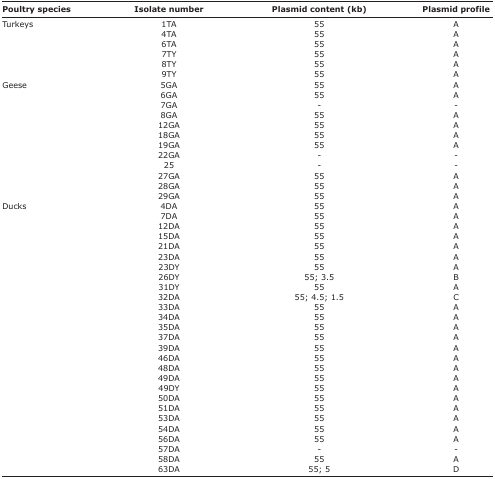
<table><thead><tr><td><b>Poultry species</b></td><td><b>Isolate number</b></td><td><b>Plasmid content (kb)</b></td><td><b>Plasmid profile</b></td></tr></thead><tbody><tr><td>Turkeys</td><td>1TA</td><td>55</td><td>A</td></tr><tr><td></td><td>4TA</td><td>55</td><td>A</td></tr><tr><td></td><td>6TA</td><td>55</td><td>A</td></tr><tr><td></td><td>7TY</td><td>55</td><td>A</td></tr><tr><td></td><td>8TY</td><td>55</td><td>A</td></tr><tr><td></td><td>9TY</td><td>55</td><td>A</td></tr><tr><td>Geese</td><td>5GA</td><td>55</td><td>A</td></tr><tr><td></td><td>6GA</td><td>55</td><td>A</td></tr><tr><td></td><td>7GA</td><td>-</td><td>-</td></tr><tr><td></td><td>8GA</td><td>55</td><td>A</td></tr><tr><td></td><td>12GA</td><td>55</td><td>A</td></tr><tr><td></td><td>18GA</td><td>55</td><td>A</td></tr><tr><td></td><td>19GA</td><td>55</td><td>A</td></tr><tr><td></td><td>22GA</td><td>-</td><td>-</td></tr><tr><td></td><td>25</td><td>-</td><td>-</td></tr><tr><td></td><td>27GA</td><td>55</td><td>A</td></tr><tr><td></td><td>28GA</td><td>55</td><td>A</td></tr><tr><td></td><td>29GA</td><td>55</td><td>A</td></tr><tr><td>Ducks</td><td>4DA</td><td>55</td><td>A</td></tr><tr><td></td><td>7DA</td><td>55</td><td>A</td></tr><tr><td></td><td>12DA</td><td>55</td><td>A</td></tr><tr><td></td><td>15DA</td><td>55</td><td>A</td></tr><tr><td></td><td>21DA</td><td>55</td><td>A</td></tr><tr><td></td><td>23DA</td><td>55</td><td>A</td></tr><tr><td></td><td>23DY</td><td>55</td><td>A</td></tr><tr><td></td><td>26DY</td><td>55; 3.5</td><td>B</td></tr><tr><td></td><td>31DY</td><td>55</td><td>A</td></tr><tr><td></td><td>32DA</td><td>55; 4.5; 1.5</td><td>C</td></tr><tr><td></td><td>33DA</td><td>55</td><td>A</td></tr><tr><td></td><td>34DA</td><td>55</td><td>A</td></tr><tr><td></td><td>35DA</td><td>55</td><td>A</td></tr><tr><td></td><td>37DA</td><td>55</td><td>A</td></tr><tr><td></td><td>39DA</td><td>55</td><td>A</td></tr><tr><td></td><td>46DA</td><td>55</td><td>A</td></tr><tr><td></td><td>48DA</td><td>55</td><td>A</td></tr><tr><td></td><td>49DA</td><td>55</td><td>A</td></tr><tr><td></td><td>49DY</td><td>55</td><td>A</td></tr><tr><td></td><td>50DA</td><td>55</td><td>A</td></tr><tr><td></td><td>51DA</td><td>55</td><td>A</td></tr><tr><td></td><td>53DA</td><td>55</td><td>A</td></tr><tr><td></td><td>54DA</td><td>55</td><td>A</td></tr><tr><td></td><td>56DA</td><td>55</td><td>A</td></tr><tr><td></td><td>57DA</td><td>-</td><td>-</td></tr><tr><td></td><td>58DA</td><td>55</td><td>A</td></tr><tr><td></td><td>63DA</td><td>55; 5</td><td>D</td></tr></tbody></table>